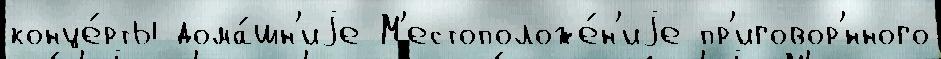
конце́рты дома́шн'иjе М'естоположе́н'иjе пр'иговор'́нного